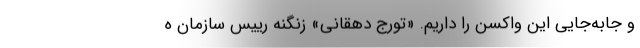
و جابه‌جایی این واکسن را داریم. «تورج دهقانی» زنگنه رییس سازمان ه